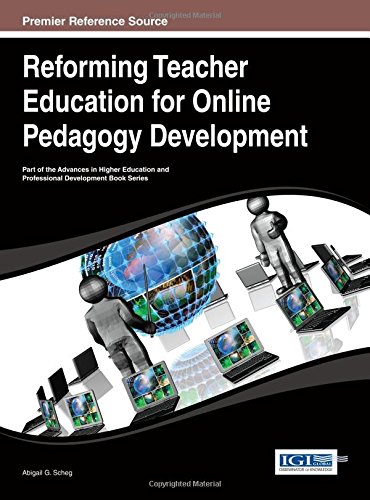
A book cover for Reforming Teacher Education for Online Pedagogy Development (Advances in Higher Education and Professional Development (Ahepd)); Abigail G. Scheg; Education & Teaching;